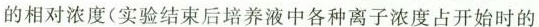
的相对浓度（实验结束后培养液中各种离子浓度占开始时的